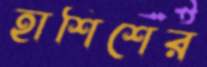
হাশিশের